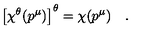
\left[ \chi ^ { \theta } ( p ^ { \mu } ) \right] ^ { \theta } = \chi ( p ^ { \mu } ) \quad .